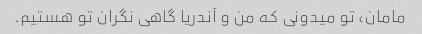
مامان، تو میدونی که من و آندریا گاهی نگران تو هستیم.